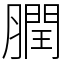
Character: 膶